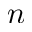
n